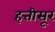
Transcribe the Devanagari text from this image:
हत्तीसूर